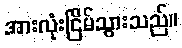
အားလုံးငြိမ်သွားသည်။